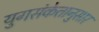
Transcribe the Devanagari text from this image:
युगसंकेतानुसार